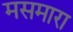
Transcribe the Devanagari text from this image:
मसमारा